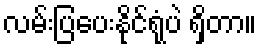
လမ်းပြပေးနိုင်ရုံပဲ ရှိတာ။